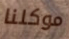
موكلنا